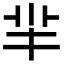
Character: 羋